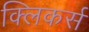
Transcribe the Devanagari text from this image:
क्लिकर्स